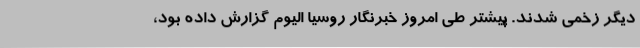
دیگر زخمی‌ شدند. پیشتر طی امروز خبرنگار روسیا الیوم گزارش داده بود،